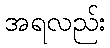
အရလည်း